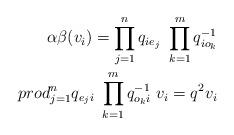
LaTeX: \begin{align*}\alpha\beta(v_i) = \prod_{j=1}^nq_{ie_j}\ \prod_{k=1}^mq_{io_k}^{-1}\\prod_{j=1}^nq_{e_ji}\ \prod_{k=1}^mq_{o_ki}^{-1}\ v_i = q^2 v_i\end{align*}